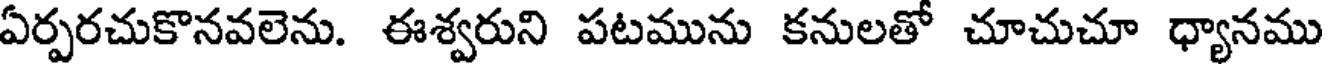
ఏర్పరచుకొనవలెను. ఈశ్వరుని పటమును కనులతో చూచుచూ ధ్యానము